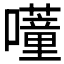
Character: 𭌕